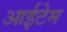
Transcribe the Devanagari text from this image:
आईटेम